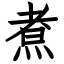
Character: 煮